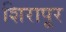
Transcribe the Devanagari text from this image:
शिरापूर